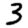
Digit: 3